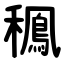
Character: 䆇